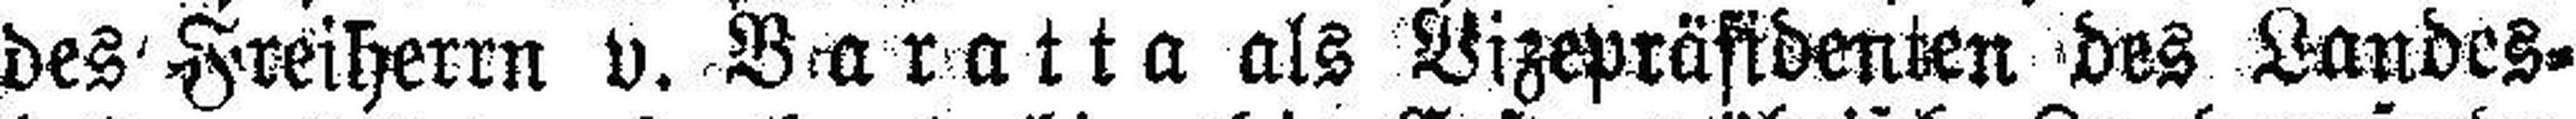
des Freiherrn v. Baratta als Vizepräsidenten des Landes¬